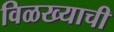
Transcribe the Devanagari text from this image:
विळख्याची